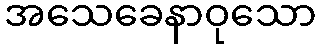
အသေခေနာဝုသော